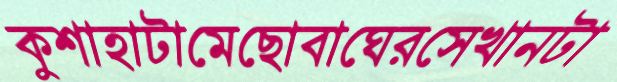
কুশাহাটামেছোবাঘেরসেখানটা